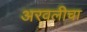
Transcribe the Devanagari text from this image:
अरवलीचा